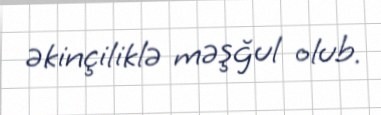
əkinçiliklə məşğul olub.